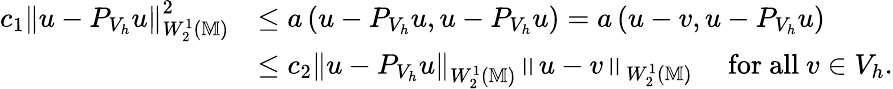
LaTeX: \begin{array}{rl}{c_{1}\left\| u-P_{V_{h}}u\right\| _{W_{2}^{1}(\mathbb{M})}^{2}}&{\le a\left(u-P_{V_{h}}u,u-P_{V_{h}}u\right)=a\left(u-v,u-P_{V_{h}}u\right)}\\ &{\le c_{2}\left\| u-P_{V_{h}}u\right\| _{W_{2}^{1}(\mathbb{M})}\left\| u-v\right\| _{W_{2}^{1}(\mathbb{M})}\quad\mathrm{~for~all~}v\in V_{h}.}\end{array}